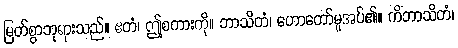
မြတ်စွာဘုရားသည်။ ဧတံ၊ ဤစကားကို။ ဘာသိတံ၊ ဟောတော်မူအပ်၏။ ကိံဘာသိတံ၊